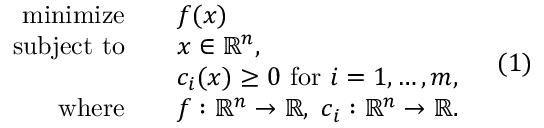
{ \begin{array} { r l } { \operatorname { m i n i m i z e } \quad } & { f ( x ) } \\ { { \mathrm { s u b j e c t ~ t o } } \quad } & { x \in \mathbb { R } ^ { n } , } \\ & { c _ { i } ( x ) \geq 0 { \mathrm { ~ f o r ~ } } i = 1 , \ldots , m , } \\ { { \mathrm { w h e r e } } \quad } & { f : \mathbb { R } ^ { n } \to \mathbb { R } , \ c _ { i } : \mathbb { R } ^ { n } \to \mathbb { R } . } \end{array} } \quad ( 1 )